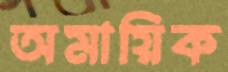
অমায়িক